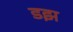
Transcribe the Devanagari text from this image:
डझ